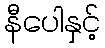
နီပေါနှင့်